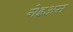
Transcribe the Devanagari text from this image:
गेइअस